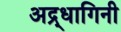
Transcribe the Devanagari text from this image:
अद्र्धागिनी